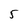
Character: 5